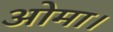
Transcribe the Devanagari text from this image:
ओमा।